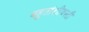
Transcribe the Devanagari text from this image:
बहुतांशीवस्ती